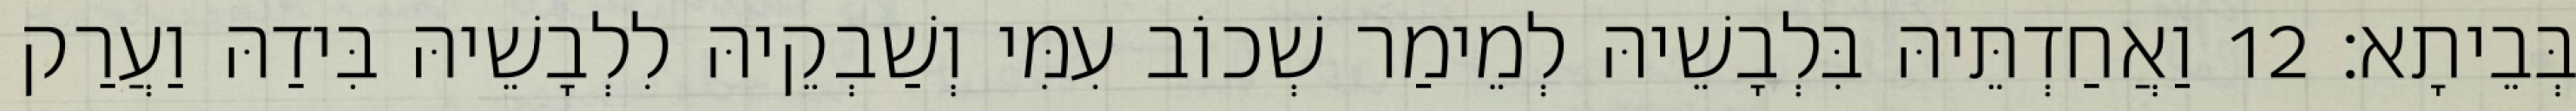
בְּבֵיתָא׃ 12 וַאֲחַדְתֵּיהּ בִּלְבָשֵׁיהּ לְמֵימַר שְׁכוֹב עִמִּי וְשַׁבְקֵיהּ לִלְבָשֵׁיהּ בִּידַהּ וַעֲרַק